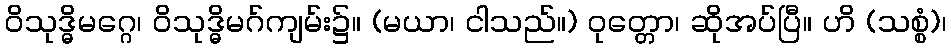
ဝိသုဒ္ဓိမဂ္ဂေ၊ ဝိသုဒ္ဓိမဂ်ကျမ်း၌။ (မယာ၊ ငါသည်။) ဝုတ္တော၊ ဆိုအပ်ပြီ။ ဟိ (သစ္စံ)၊